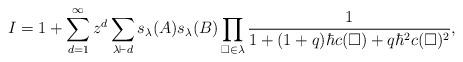
LaTeX: \begin{align*}I = 1 + \sum_{d=1}^\infty z^d \sum_{\lambda \vdash d} s_\lambda(A) s_\lambda(B)\prod_{\Box \in \lambda} \frac{1}{1+(1+q)\hbar c(\Box) + q\hbar^2 c(\Box)^2},\end{align*}